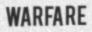
WARFARE